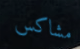
مشاكس